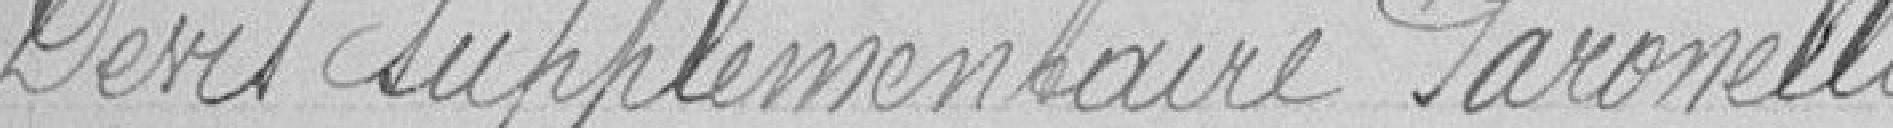
Devis supplémentaire Paronelli